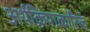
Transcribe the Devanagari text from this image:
अर्थक्रियाकारित्वं